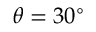
\theta = 3 0 ^ { \circ }